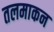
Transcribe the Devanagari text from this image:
तलमाकन